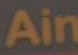
Ain